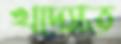
খদ্যোত